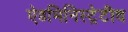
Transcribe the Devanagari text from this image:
ऐडमिनिस्ट्रेटीव